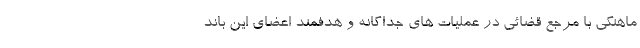
ماهنگی با مرجع قضائی در عملیات های جداگانه و هدفمند اعضای این باند